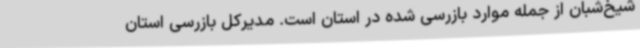
شیخ‌شبان از جمله موارد بازرسی شده در استان است. مدیرکل بازرسی استان